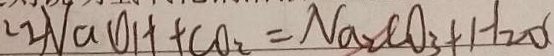
2 2 N a O H + C O _ { 2 } = N a _ { 2 } C O _ { 3 } + H _ { 2 } O (